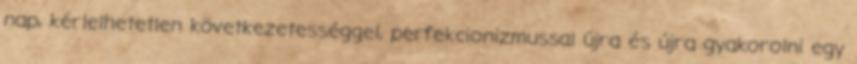
nap, kérlelhetetlen következetességgel, perfekcionizmussal újra és újra gyakorolni egy